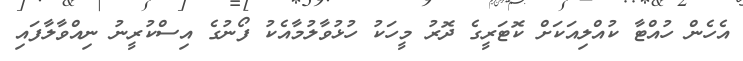
އެހެން ހުއްޓާ ކުއްލިއަކަށް ކޮޓަރީގެ ދޮރު މީހަކު ހުޅުވާލުމާއެކު ފޯނުގެ އިސްކުރީނު ނިއްވާލާފައި